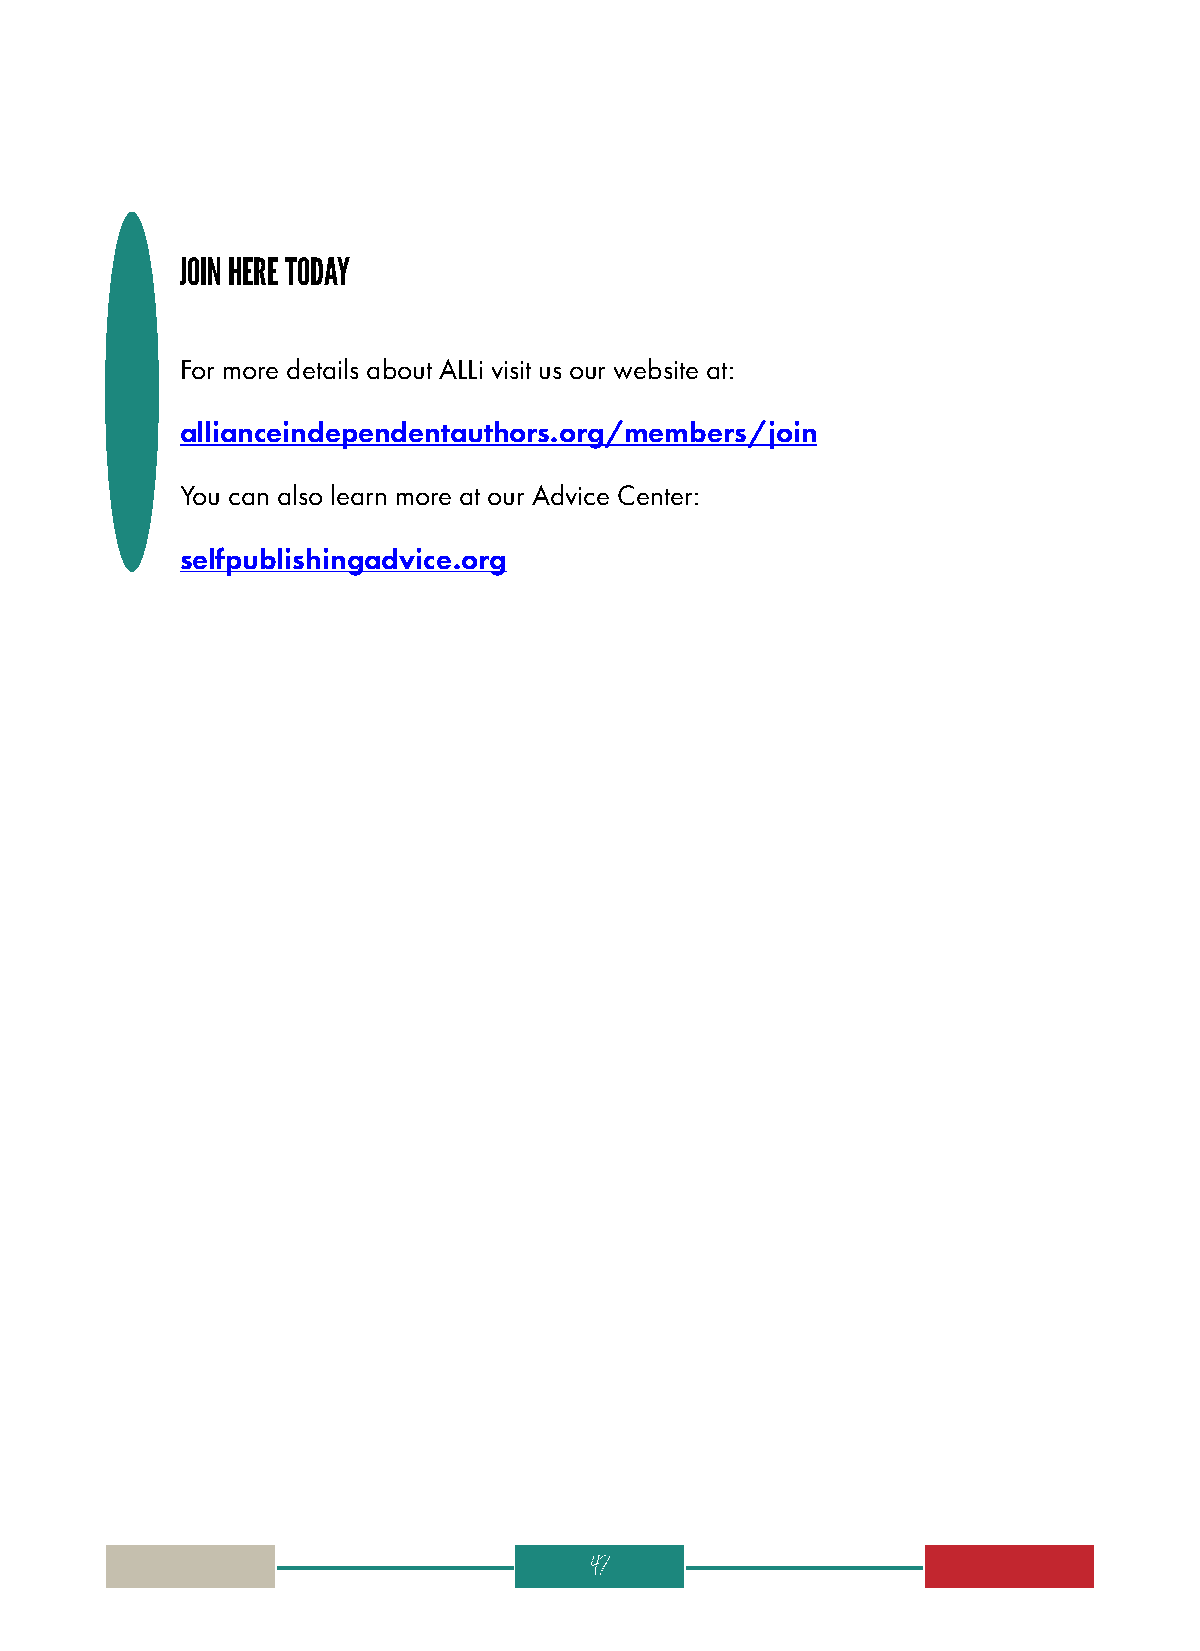
JOIN HERE TODAY
 For more details about ALLi visit us our website at:
 allianceindependentauthors.org/members/join
 You can also learn more at our Advice Center:
 selfpublishingadvice.org
 47